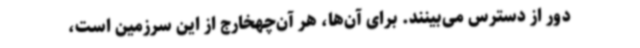
دور از دسترس می‌بینند. برای آن‌ها، هر آن‌چهخارج از این سرزمین است،